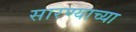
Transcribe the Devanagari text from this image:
सारण्याच्या